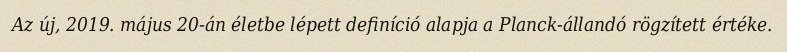
Az új, 2019. május 20-án életbe lépett definíció alapja a Planck-állandó rögzített értéke.